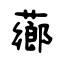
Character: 薌